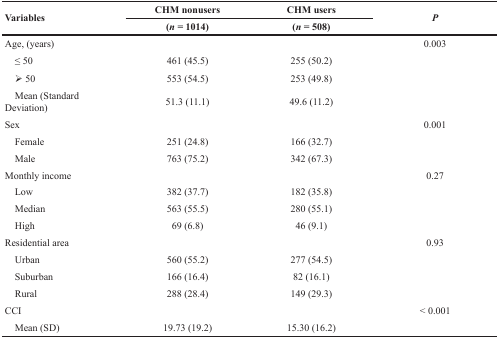
| <ROWSPAN=2> Variables | CHM nonusers | CHM users | <ROWSPAN=2> P |
 | (n = 1014) | (n = 508) |
 | --- | --- | --- | --- |
 | Age, (years) |  |  | 0.003 |
 | ≤ 50 | 461 (45.5) | 255 (50.2) |  |
 | ➢ 50 | 553 (54.5) | 253 (49.8) |  |
 | Mean (Standard Deviation) | 51.3 (11.1) | 49.6 (11.2) |  |
 | Sex |  |  | 0.001 |
 | Female | 251 (24.8) | 166 (32.7) |  |
 | Male | 763 (75.2) | 342 (67.3) |  |
 | Monthly income |  |  | 0.27 |
 | Low | 382 (37.7) | 182 (35.8) |  |
 | Median | 563 (55.5) | 280 (55.1) |  |
 | High | 69 (6.8) | 46 (9.1) |  |
 | Residential area |  |  | 0.93 |
 | Urban | 560 (55.2) | 277 (54.5) |  |
 | Suburban | 166 (16.4) | 82 (16.1) |  |
 | Rural | 288 (28.4) | 149 (29.3) |  |
 | CCI |  |  | < 0.001 |
 | Mean (SD) | 19.73 (19.2) | 15.30 (16.2) |  |